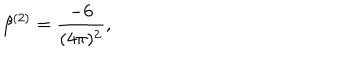
\beta ^ { ( 2 ) } = \frac { - 6 } { ( 4 \pi ) ^ { 2 } } ,